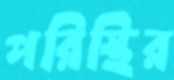
পরিস্থির